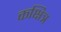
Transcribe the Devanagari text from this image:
कक्षित्र